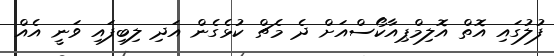
ފުލުގައި އޮތް އޮލިމްޕިއާކޯސްއަށް ދެ މެޗް ކުޅެގެން އަދި ލިބިފައި ވަނީ އެއް